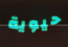
حيوية